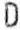
D